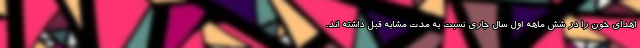
اهدای خون را در شش ماهه اول سال جاری نسبت به مدت مشابه قبل داشته اند.